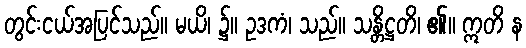
တွင်းငယ်အပြင်သည်။ မယိ၊ ၌။ ဥဒကံ၊ သည်။ သန္တိဋ္ဌတိ၊ ၏။ ဣတိ န